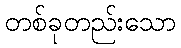
တစ်ခုတည်းသော